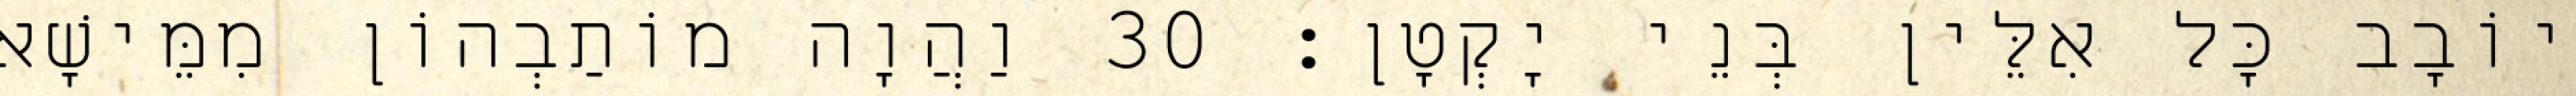
יוֹבָב כָּל אִלֵּין בְּנֵי יָקְטָן׃ 30 וַהֲוָה מוֹתַבְהוֹן מִמֵּישָׁא